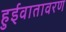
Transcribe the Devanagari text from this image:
हुईवातावरण